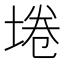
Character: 埢